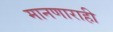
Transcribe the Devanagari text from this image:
मानणाराही